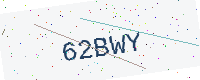
Text: 62BWY